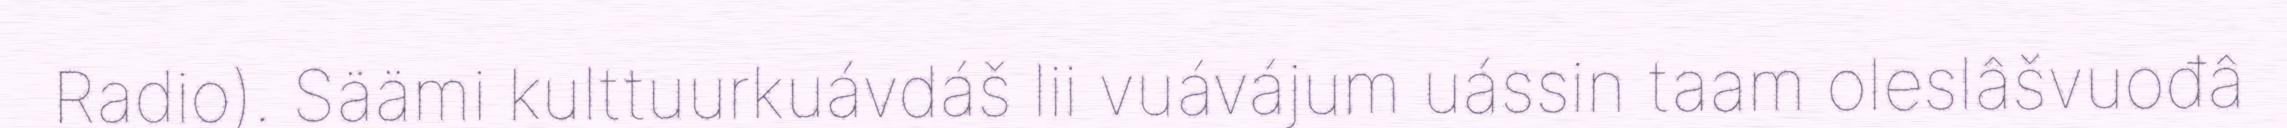
Radio). Säämi kulttuurkuávdáš lii vuávájum uássin taam oleslâšvuođâ